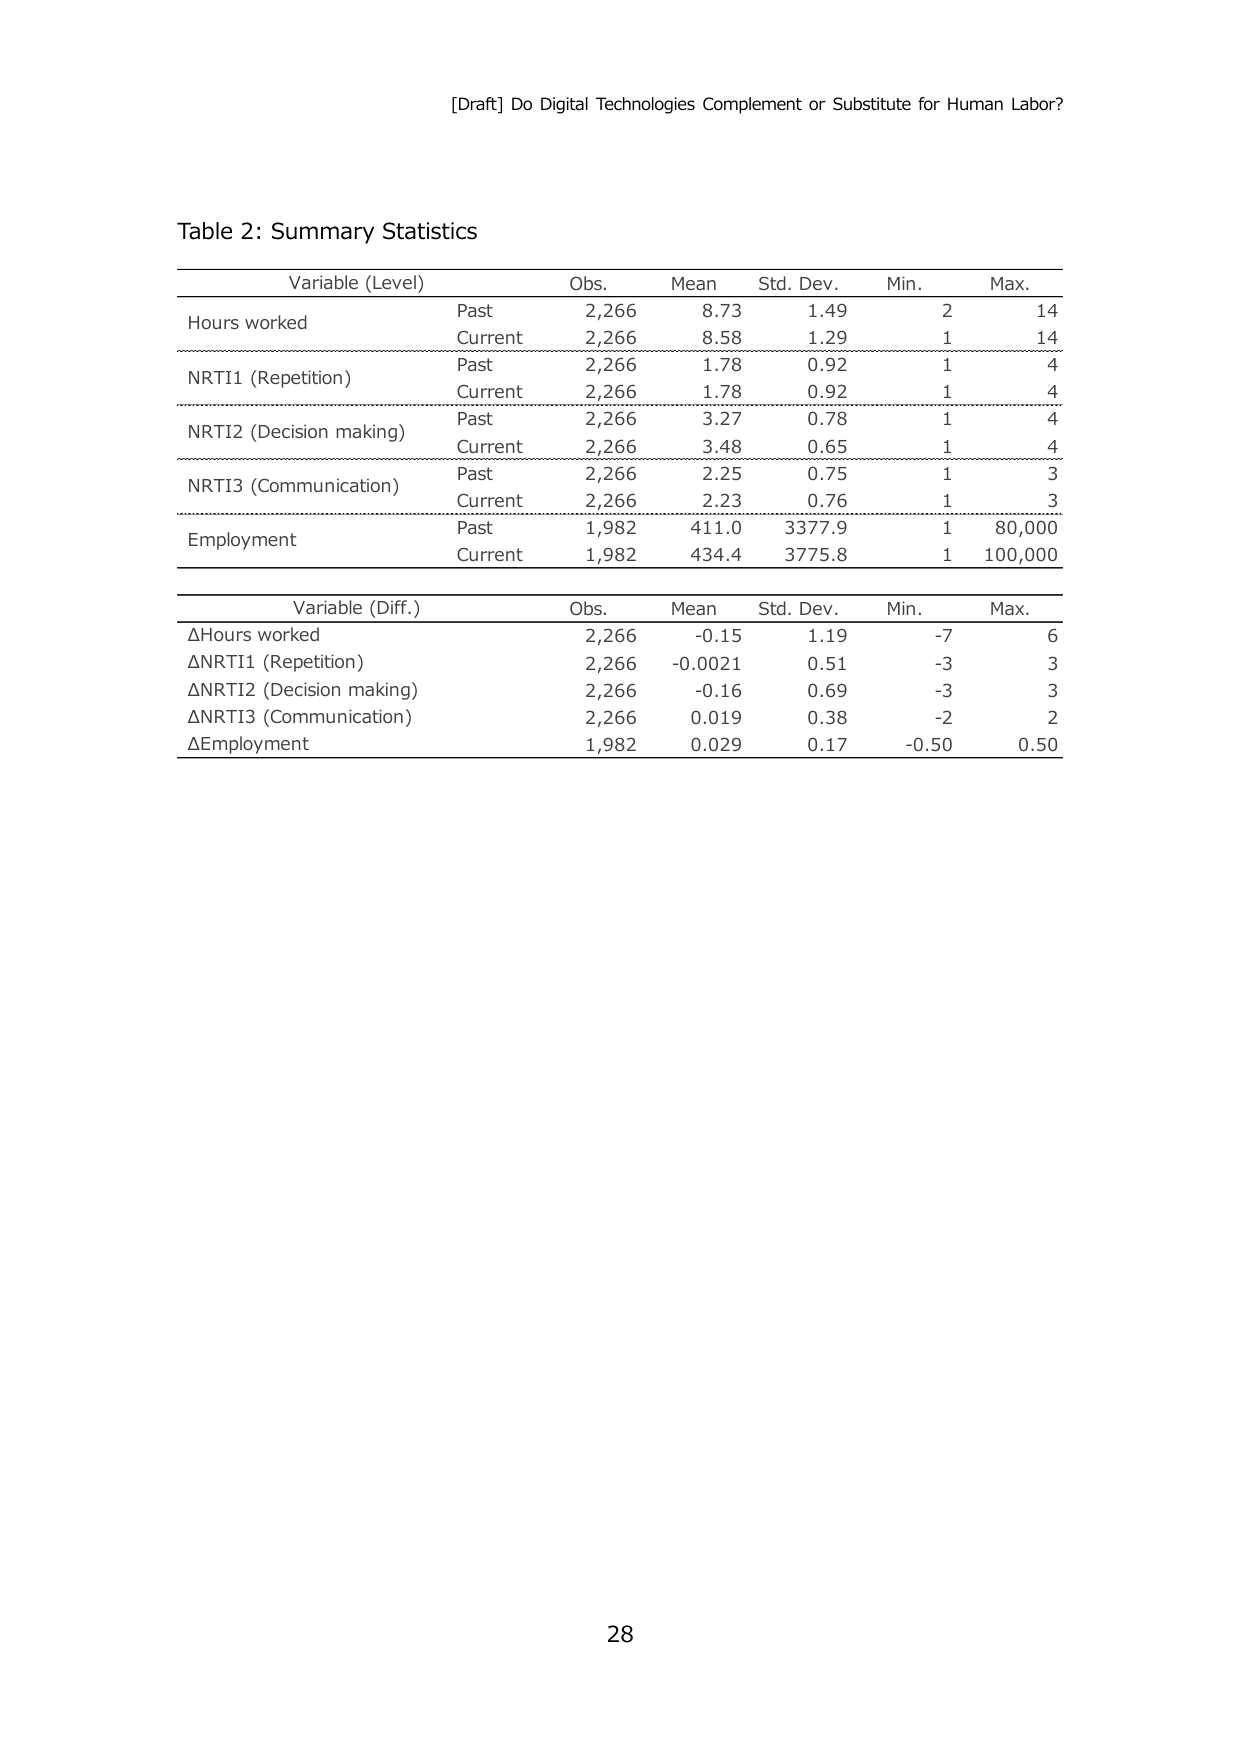
[Draft] Do Digital Technologies Complement or Substitute for Human Labor?

Table 2: Summary Statistics

Variable (Level)    Obs.    Mean    Std. Dev.    Min.    Max.
Hours worked        Past    2,266   8.73        1.49    2       14
                    Current 2,266   8.58        1.29    1       14
NRTI1 (Repetition)  Past    2,266   1.78        0.92    1       4
                    Current 2,266   1.78        0.92    1       4
NRTI2 (Decision making) Past 2,266   3.27        0.78    1       4
                    Current 2,266   3.48        0.65    1       4
NRTI3 (Communication) Past 2,266   2.25        0.75    1       3
                    Current 2,266   2.23        0.76    1       3
Employment          Past    1,982   411.0       3377.9  1       80,000
                    Current 1,982   434.4       3775.8  1       100,000

Variable (Diff.)    Obs.    Mean    Std. Dev.    Min.    Max.
ΔHours worked       2,266   -0.15   1.19        -7      6
ΔNRTI1 (Repetition) 2,266   -0.0021 0.51        -3      3
ΔNRTI2 (Decision making) 2,266   -0.16   0.69        -3      3
ΔNRTI3 (Communication) 2,266   0.019   0.38        -2      2
ΔEmployment         1,982   0.029   0.17        -0.50   0.50

28